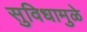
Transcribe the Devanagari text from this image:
सुविधामुळे